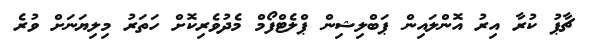
ޗާޕު ކުރާ އިރު އޮންލައިން ޕަބްލިޝިން ޕްލެޓްފޯމް މެދުވެރިކޮށް ހަތަރު މިލިޔަނަށް ވުރެ